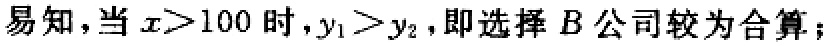
易知，当 \(x>100\) 时，\(y_1 > y_2\)，即选择 \(B\) 公司较为合算；